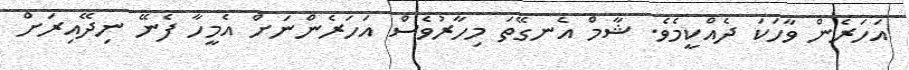
އަހަރެން ވާހަކަ ދެއްކީމެވެ. ޝާމް އެނގޭތަ މިހާރުވެސް އަހަރެންނަށް އެމީހާ ފެނޭ ނިދޭއިރަށް